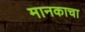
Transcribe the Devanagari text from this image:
मानकाचा